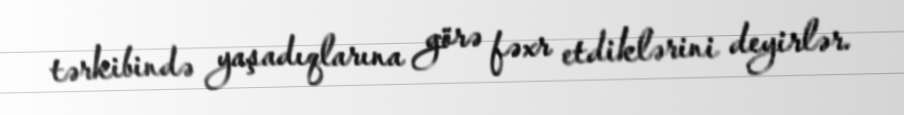
tərkibində yaşadıqlarına görə fəxr etdiklərini deyirlər.